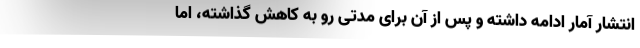
انتشار آمار ادامه داشته و پس از آن برای مدتی رو به کاهش گذاشته، اما